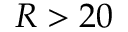
R > 2 0